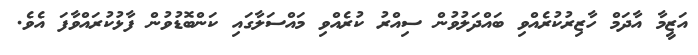
އަޒީމާ އާދަމް ހާޒިރުކުރެއްވި ބައްދަލުވުން ސިއްރު ކުރެއްވި މައްސަލާގައި ކަންބޮޑުވުން ފާޅުކުރައްވާފަ އެވެ.